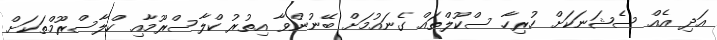
އަދި އެއް ސެޝަނަކަށް ހުރިހާ ސްކޫލްތައް ގެނައުމަށް ބޭނުންވާ އިތުރު ކްލާސްރޫމާއި ކްލާސްރޫމްތަކަށް